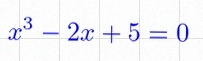
x^3-2x+5=0